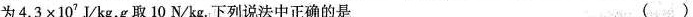
为4.3×10^{7}J/kg，g取10N/kg。下列说法中正确的是 ()